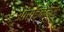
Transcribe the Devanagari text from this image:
ऑर्डिनेन्स